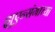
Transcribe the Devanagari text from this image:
ह्युएन्संगाच्या